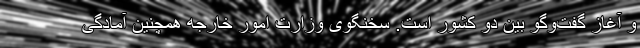
و آغاز گفت‌وگو بین دو کشور است. سخنگوی وزارت امور خارجه همچنین آمادگی